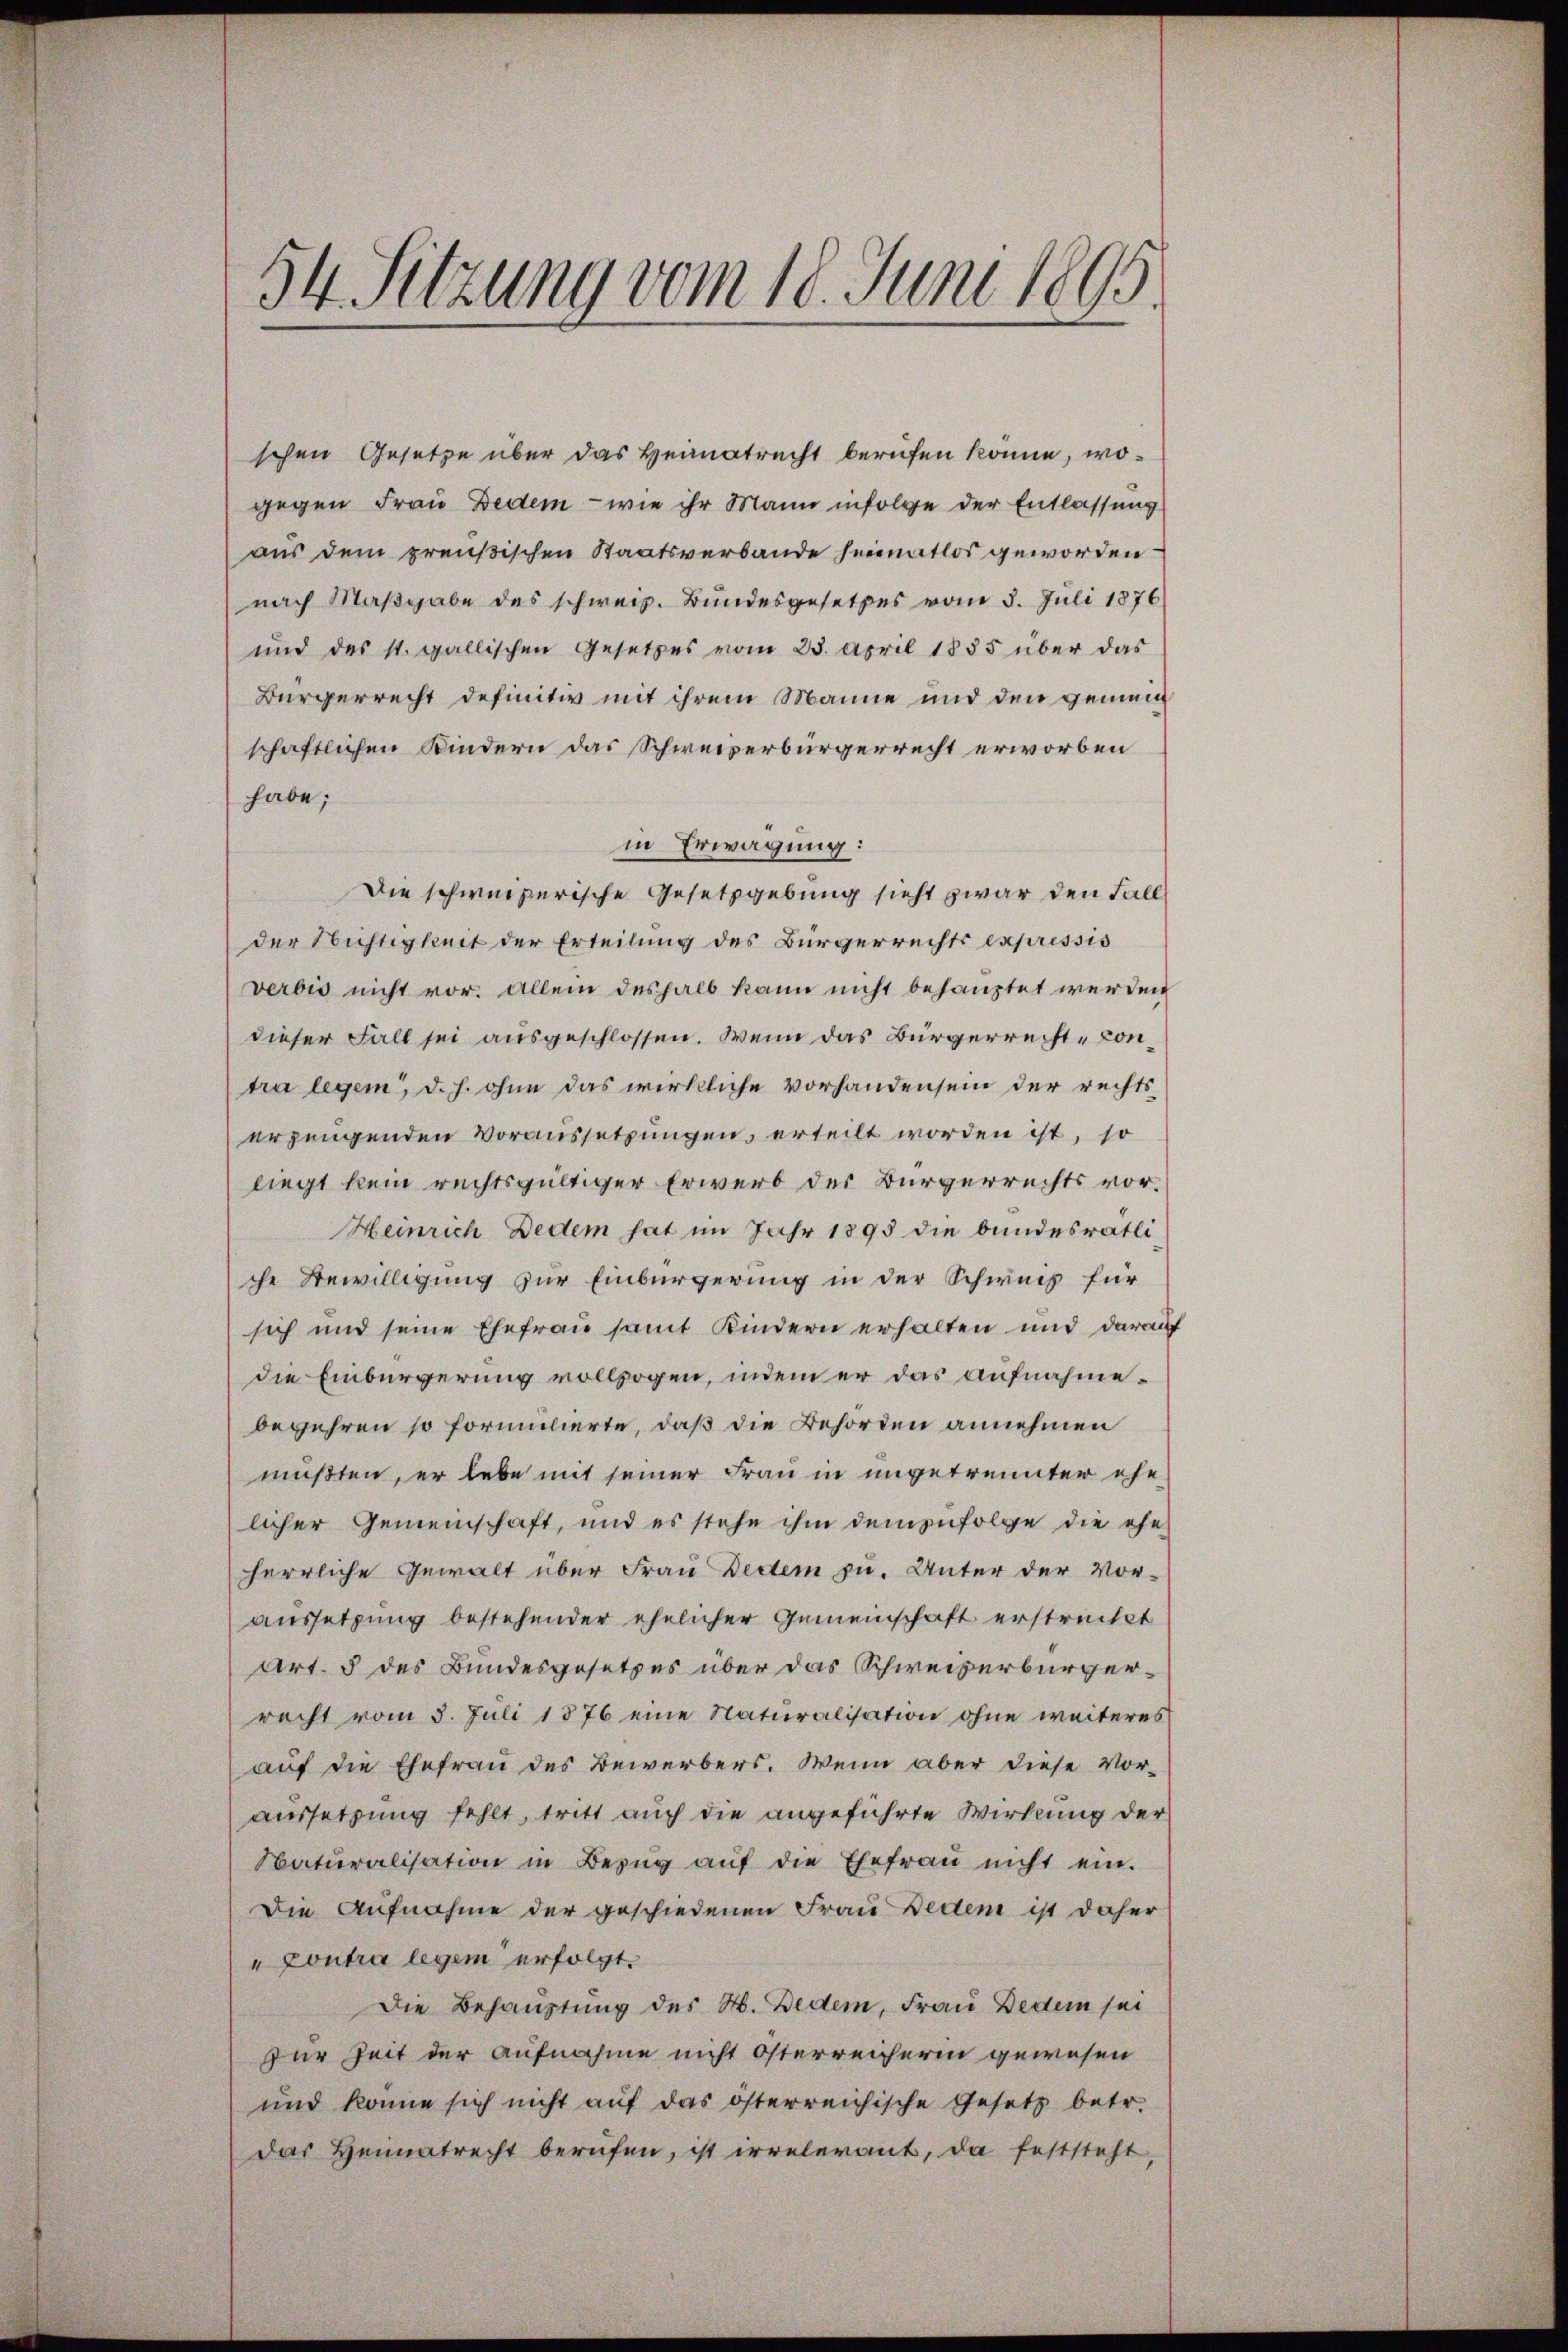
54 Sitzung vom 18. Juni 1895

schen Gesetze über das Heimatrecht berufen könne, wogegen Frau Dedem - wie ihr Mann infolge der Entlassung
aus dem preußischen Staatsverbande heimatlos geworden
nach Maßgabe des schweiz. Bundesgesetzes vom 5. Juli 1876
und das st. gallischen Gesetzes vom 25. April 1885 über das
Bürgerrecht definitiv mit ihrem Manne und den gemein
schaftlichen Kindern das Schweizerbürgerrecht erworben
habe;
in Erwägung:
Die schweizerische Gesetzgebung sicht zwar den Fall
der Nichtigkeit der Erteilung des Bürgerrechts expressis
verbis nicht vor. Allein deshalb kann nicht behauptet werden
dieser Fall sei ausgeschlossen. Wenn das Bürgerrecht-Contra legem, d. h. ohne das wirkliche vorhanden sein der rechts
erzeugenden Voraussetzungen, erteilt worden ist, so
liegt kein rechtsgültiger Erwerb des Bürgerrechts vor¬
Heinrich Dedem hat im Jahr 1895 die bundesrätli-
che Bewilligung zur Einbürgerung in der Schweiz für
sich und seine Ehefrau samt Kindern erhalten und darauf
die Einbürgerung vollzogen, indem er das aufnahmebegehren so formulierte, daß die Behörden annehmen
mußten, er lebe mit seiner Frau in ungetrennter ehe
licher Gemeinschaft, und es stehe ihm demzufolge die ehe
herrliche Gewalt über Frau Decem zu. Unter der Vor-
aussetzung bestehender ehelicher Gemeinschaft erstrecht
Art. 5 des Bundesgesetzes über das Schweizerbürgerrecht vom 3. Juli 1876 eine Naturalisation ohne weiteres
auf die Ehefrau des Bewerbers. Wenn aber diese Voraussetzung fehlt, tritt auch die angeführte Wirkung der
Naturalisation in Bezŭg aŭf die Ehefraŭ nicht ein.
Die Aufnahme der geschiedenen Frau Beden ist daher
"Contra legen erfolgt.
Die Behauptung des M. Beden, Frau Beden sei
für Zeit der Aufnahme nicht Österreicherin gewesen
und könne sich nicht auf das österreichische Gesetz betr.
das Heimatrecht berufen, ist irrelerant, da feststeht,